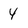
Character: 4